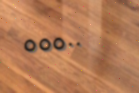
٥٥٥٠٠